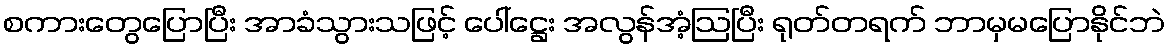
စကားတွေပြောပြီး အာခံသွားသဖြင့် ပေါ်ဋ္ဌေး အလွန်အံ့ဩပြီး ရုတ်တရက် ဘာမှမပြောနိုင်ဘဲ